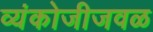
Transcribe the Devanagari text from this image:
व्यंकोजीजवळ